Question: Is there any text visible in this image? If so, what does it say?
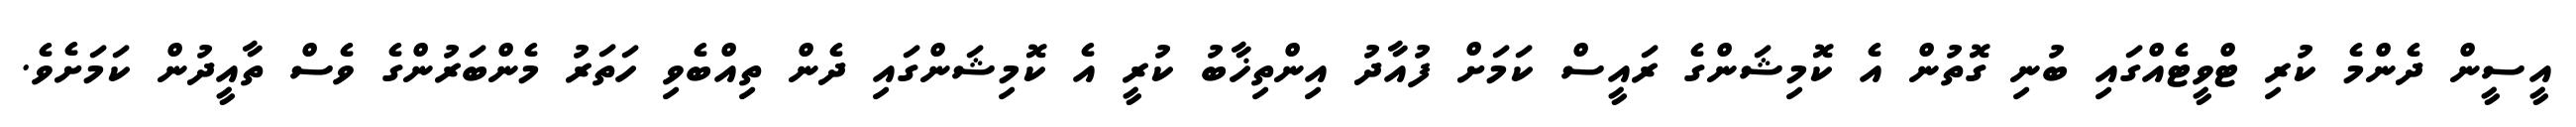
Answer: އީސީން ދެންމެ ކުރި ޓްވީޓެއްގައި ބުނި ގޮތުން އެ ކޮމިޝަންގެ ރައީސް ކަމަށް ފުއާދު އިންތިޚާބު ކުރީ އެ ކޮމިޝަންގައި ދެން ތިއްބެވި ހަތަރު މެންބަރުންގެ ވެސް ތާއީދުން ކަމަށެވެ.